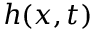
h ( x , t )